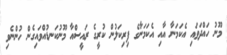
މޫނު ހައްދަވައި އެކަމަނާ އާއި އެކަމަނާގެ ފިރިކަލުން ކުރީގެ ރައީސްއާ މޫނުކަނޑުއްވައިގެން ހުންނެވި